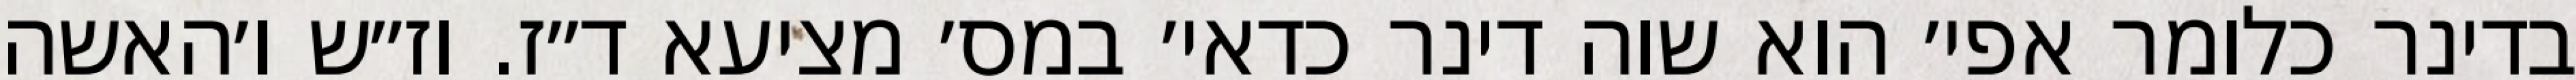
בדינר כלומר אפי׳ הוא שוה דינר כדאי׳ במס׳ מציעא ד״ז. וז״ש ו׳האשה